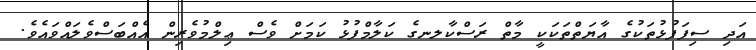
އަދި ސިފަފުޅުތަކުގެ އާޔަތްތަކަކީ މާތް ރަސްކާލނގެ ކަލާމްފުޅު ކަމަށް ވެސް ޢިލްމުވެރިން އެއްބަސްވެލައްވައެވެ.